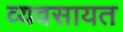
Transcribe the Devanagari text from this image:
व्यवसायत